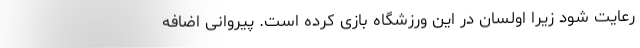
رعایت شود زیرا اولسان در این ورزشگاه بازی کرده است. پیروانی اضافه